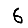
Digit: 6